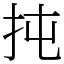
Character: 扽